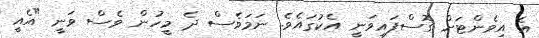
އެ އިވެންޓަށް ގޮސްފައިވަނީ އެކުގައެވެ. ނަމަވެސް ދެ މީހުން ވެސް ވަނީ "އެއީ